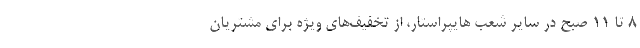
8 تا 11 صبح در سایر شعب هایپراستار، از تخفیف‌های ویژه برای مشتریان